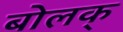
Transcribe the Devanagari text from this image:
बोलक्